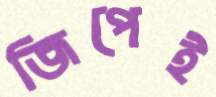
জিপেই